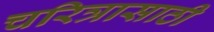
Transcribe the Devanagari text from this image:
चरित्रासाठी